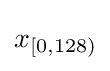
x_{[0,128)}